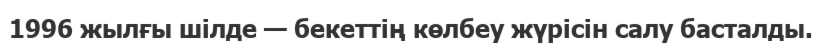
1996 жылғы шілде — бекеттің көлбеу жүрісін салу басталды.